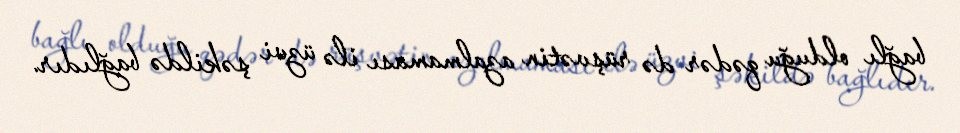
bağlı olduğu qədər də rüşvətin azalmaması ilə üzvi şəkildə bağlıdır.